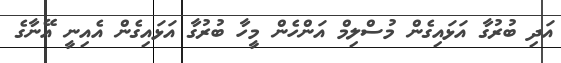
އަދި ބުރުގާ އަޅައިގެން މުސްލިމް އަންހެން މީހާ ބުރުގާ އަޅައިގެން އެއިނީ އޭނާގެ